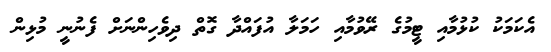
އެކަމަކު ކުޅުމާއި ޓީމުގެ ރޭވުމާއި ހަމަލާ އުފައްދާ ގޮތް ދިވެހިންނަށް ފެނުނީ މުޅިން